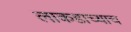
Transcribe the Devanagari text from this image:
लाकडाच्याच